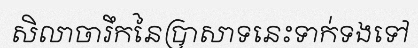
សិលាចារឹកនៃប្រាសាទនេះទាក់ទងទៅ